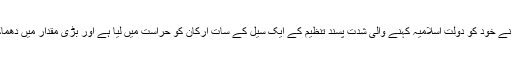
روس کی سکیورٹی سروس ایف ایس بی نے بھی ایک بیان میں کہا ہے کہ اس نے خود کو دولتِ اسلامیہ کہنے والی شدت پسند تنظیم کے ایک سیل کے سات ارکان کو حراست میں لیا ہے اور بڑی مقدار میں دھماکہ خیز مواد، ہتھیار اور شدت پسندی پر مبنی تحریری مواد قبضے میں لیا ہے۔